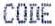
CODE